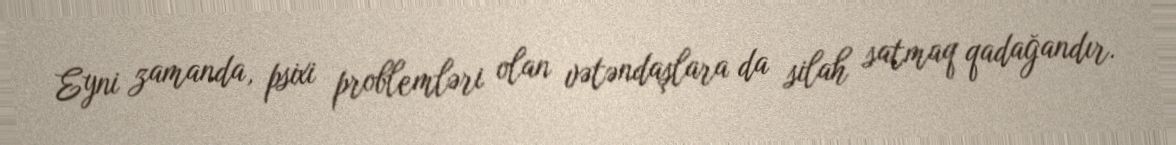
Eyni zamanda, psixi problemləri olan vətəndaşlara da silah satmaq qadağandır.